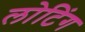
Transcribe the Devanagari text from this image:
लोटिंग